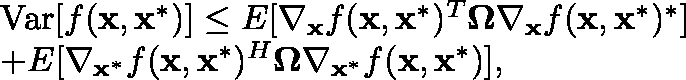
\begin{array} { r l } & { \mathrm { V a r } [ f ( \mathbf { x } , \mathbf { x } ^ { * } ) ] \le \mathbb { E } [ \nabla _ { \mathbf { x } } f ( \mathbf { x } , \mathbf { x } ^ { * } ) ^ { T } \mathbf { \Omega } \nabla _ { \mathbf { x } } f ( \mathbf { x } , \mathbf { x } ^ { * } ) ^ { * } ] } \\ & { + \mathbb { E } [ \nabla _ { \mathbf { x } ^ { * } } f ( \mathbf { x } , \mathbf { x } ^ { * } ) ^ { H } \mathbf { \Omega } \nabla _ { \mathbf { x } ^ { * } } f ( \mathbf { x } , \mathbf { x } ^ { * } ) ] , } \end{array}